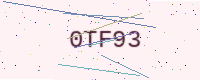
Text: 0TF93